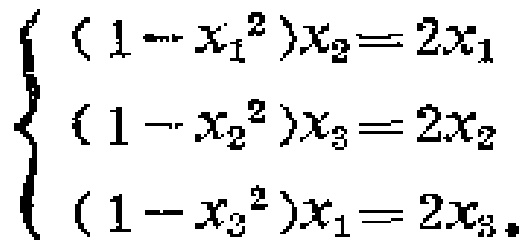
\[\begin{cases}(1 - x_{1}^{2})x_{2}=2x_{1}\\(1 - x_{2}^{2})x_{3}=2x_{2}\\(1 - x_{3}^{2})x_{1}=2x_{3}\end{cases}\]